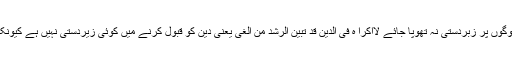
اسی بنا پر ہمارا عقیدہ ہے کہ اسلام کو لوگوں پر زبردستی نہ تھوپا جائے لااکرا ه فی الدین قد تبین الرشد من الغی یعنی دین کو قبول کرنے میں کوئی زیردستی نہیں ہے کیونکہ اچھا اور برا راستہ آشکار ہو چکاہے ۔